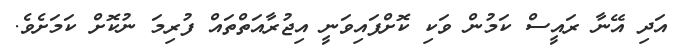
އަދި އޭނާ ރައީސް ކަމުން ވަކި ކޮށްފައިވަނީ އިޖުރާއަތްތައް ފުރިމަ ނުކޮށް ކަމަށެވެ.